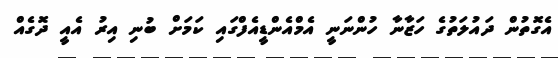
އެގޮތުން ދައުލަތުގެ ހަޒާނާ ހުންނަނީ އެމްއެންޑީއެފްގައި ކަމަށް ބުނި އިރު އެއީ ދޮގެއް